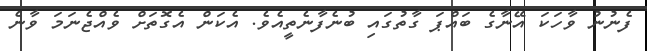
ފެނުނު ވާހަކަ އޭނާގެ ބައްޕަ ގާތުގައި ބުނެފާނެތީއެވެ. އެކަން އެގޮތަށް ވެއްޖެނަމަ ވާނެ